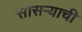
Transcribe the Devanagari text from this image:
सासऱ्याची